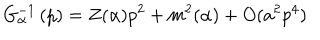
G _ { \alpha } ^ { - 1 } \left( p \right) = Z ( \alpha ) p ^ { 2 } + m ^ { 2 } ( \alpha ) + O ( a ^ { 2 } p ^ { 4 } )